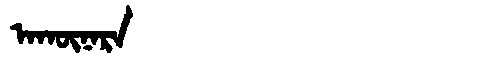
Manchu: ᠠᡴᡡᠨᠠᡵᠠ
Romanization: AKŪNARA